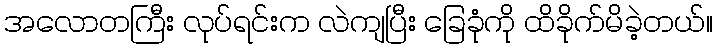
အလောတကြီး လုပ်ရင်းက လဲကျပြီး ခြေခုံကို ထိခိုက်မိခဲ့တယ်။